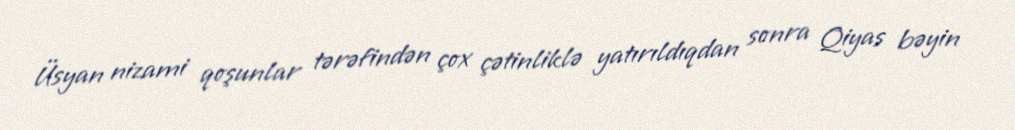
Üsyan nizami qoşunlar tərəfindən çox çətinliklə yatırıldıqdan sonra Qiyas bəyin